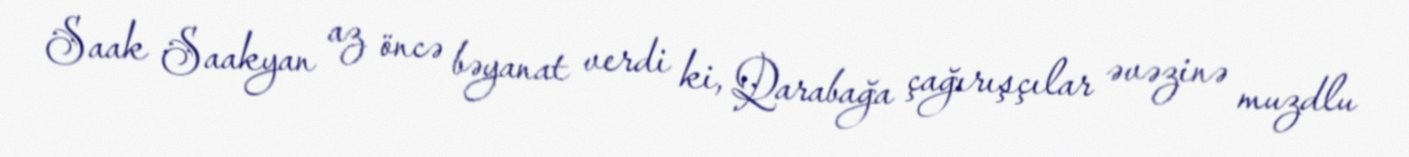
Saak Saakyan az öncə bəyanat verdi ki, Qarabağa çağırışçılar əvəzinə muzdlu